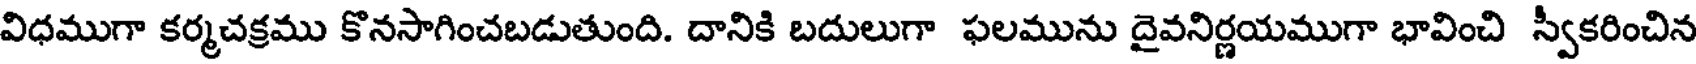
విధముగా కర్మచక్రము కొనసాగించబడుతుంది. దానికి బదులుగా ఫలమును దైవనిర్ణయముగా భావించి స్వీకరించిన